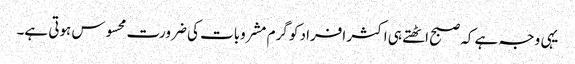
یہی وجہ ہے کہ صبح اٹھتے ہی اکثر افراد کو گرم مشروبات کی ضرورت محسوس ہوتی ہے۔